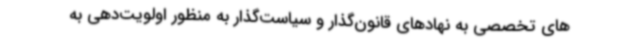
های تخصصی به نهادهای قانون‌گذار و سیاست‌گذار به منظور اولویت‌دهی به